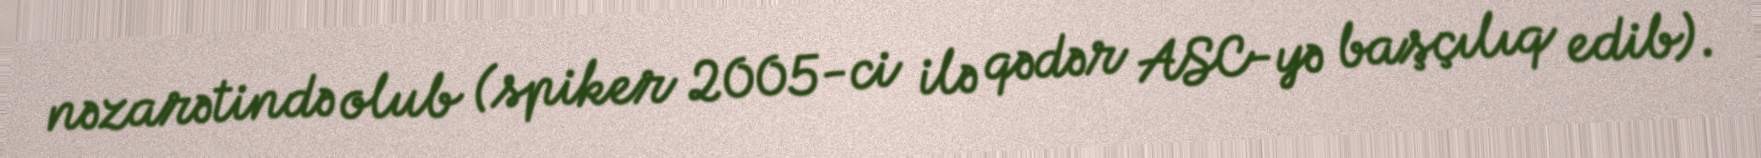
nəzarətində olub (spiker 2005-ci ilə qədər ASC-yə başçılıq edib).